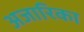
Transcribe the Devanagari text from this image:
अजारिका